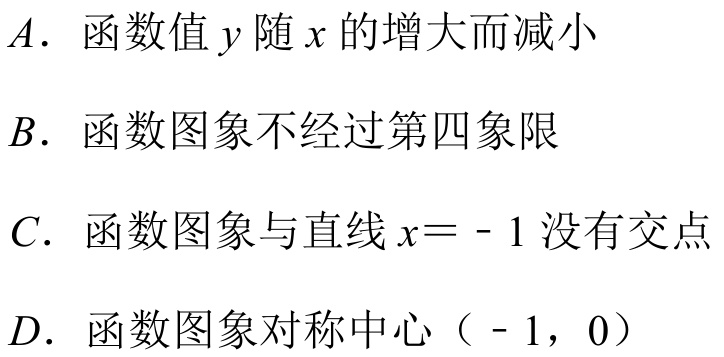
\(A\). 函数值 \(y\) 随 \(x\) 的增大而减小
\(B\). 函数图象不经过第四象限
\(C\). 函数图象与直线 \(x = - 1\) 没有交点
\(D\). 函数图象对称中心（\(- 1\)，\(0\)）